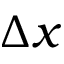
\Delta x